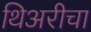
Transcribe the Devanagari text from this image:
थिअरीचा